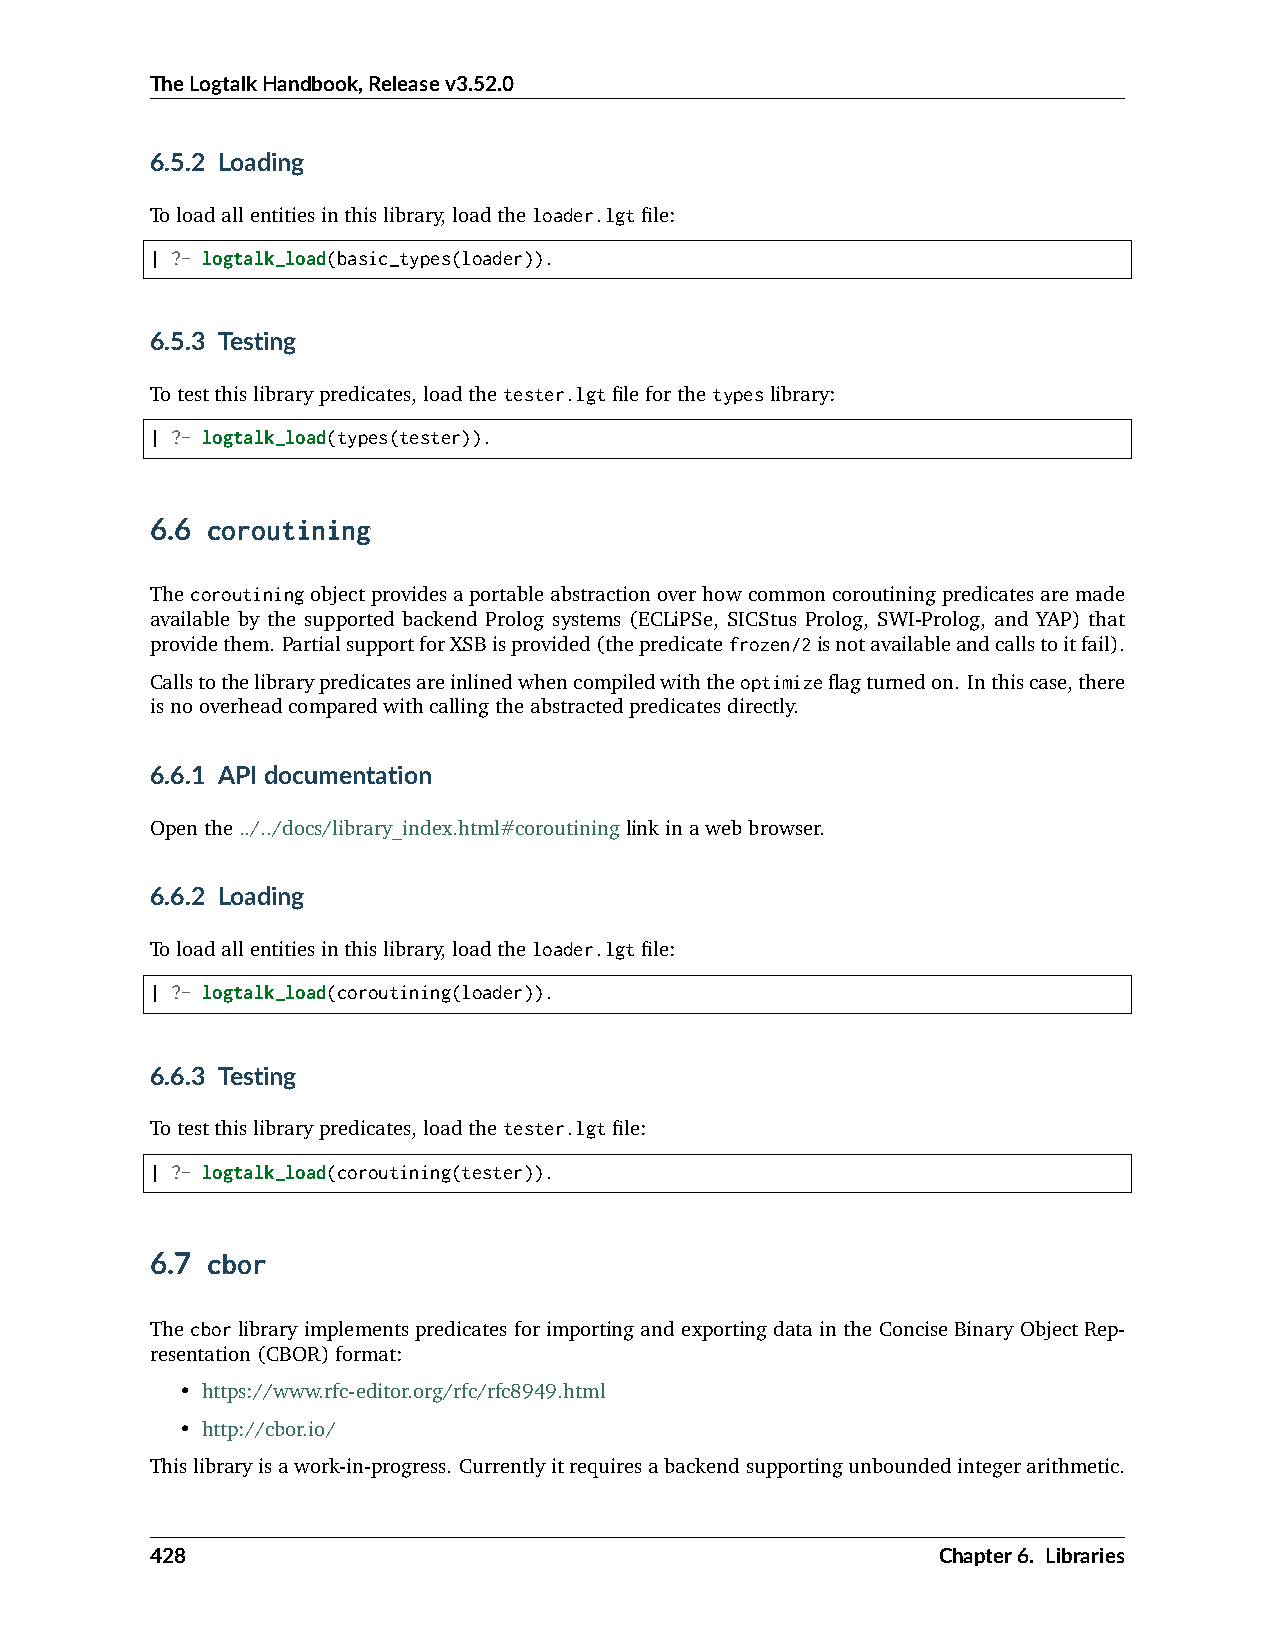
TheLogtalkHandbook,Releasev3.52.0
 6.5.2 Loading
 Toloadallentitiesinthislibrary,loadtheloader.lgtfile:
 | ?- logtalk_load(basic_types(loader)).
 6.5.3 Testing
 Totestthislibrarypredicates,loadthetester.lgtfileforthetypeslibrary:
 | ?- logtalk_load(types(tester)).
 6.6 coroutining
 Thecoroutiningobjectprovidesaportableabstractionoverhowcommoncoroutiningpredicatesaremade
 available by the supported backend Prolog systems (ECLiPSe, SICStus Prolog, SWI-Prolog, and YAP) that
 providethem. PartialsupportforXSBisprovided(thepredicatefrozen/2isnotavailableandcallstoitfail).
 Callstothelibrarypredicatesareinlinedwhencompiledwiththeoptimizeflagturnedon. Inthiscase,there
 isnooverheadcomparedwithcallingtheabstractedpredicatesdirectly.
 6.6.1 APIdocumentation
 Openthe../../docs/library_index.html#coroutininglinkinawebbrowser.
 6.6.2 Loading
 Toloadallentitiesinthislibrary,loadtheloader.lgtfile:
 | ?- logtalk_load(coroutining(loader)).
 6.6.3 Testing
 Totestthislibrarypredicates,loadthetester.lgtfile:
 | ?- logtalk_load(coroutining(tester)).
 6.7 cbor
 ThecborlibraryimplementspredicatesforimportingandexportingdataintheConciseBinaryObjectRep-
 resentation(CBOR)format:
 • https://www.rfc-editor.org/rfc/rfc8949.html
 • http://cbor.io/
 Thislibraryisawork-in-progress. Currentlyitrequiresabackendsupportingunboundedintegerarithmetic.
 428                                                 Chapter6. Libraries